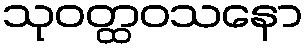
သုဝတ္ထဝသနော